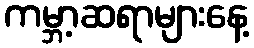
ကမ္ဘာ့ဆရာများနေ့